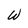
Character: W